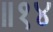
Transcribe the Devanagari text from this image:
॥१४